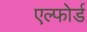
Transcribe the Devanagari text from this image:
एल्फोर्ड